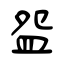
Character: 盌